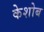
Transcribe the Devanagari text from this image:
केशोब